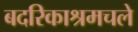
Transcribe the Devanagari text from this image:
बदरिकाश्रमचले